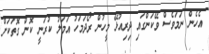
އެހެން ނަމަވެސް ވޭކަންގައި ދިރިއުޅޭ މީހުން ރޯދަމަހު އަމަލު ކުރަނީ ކޮން ގޮތަކަށް